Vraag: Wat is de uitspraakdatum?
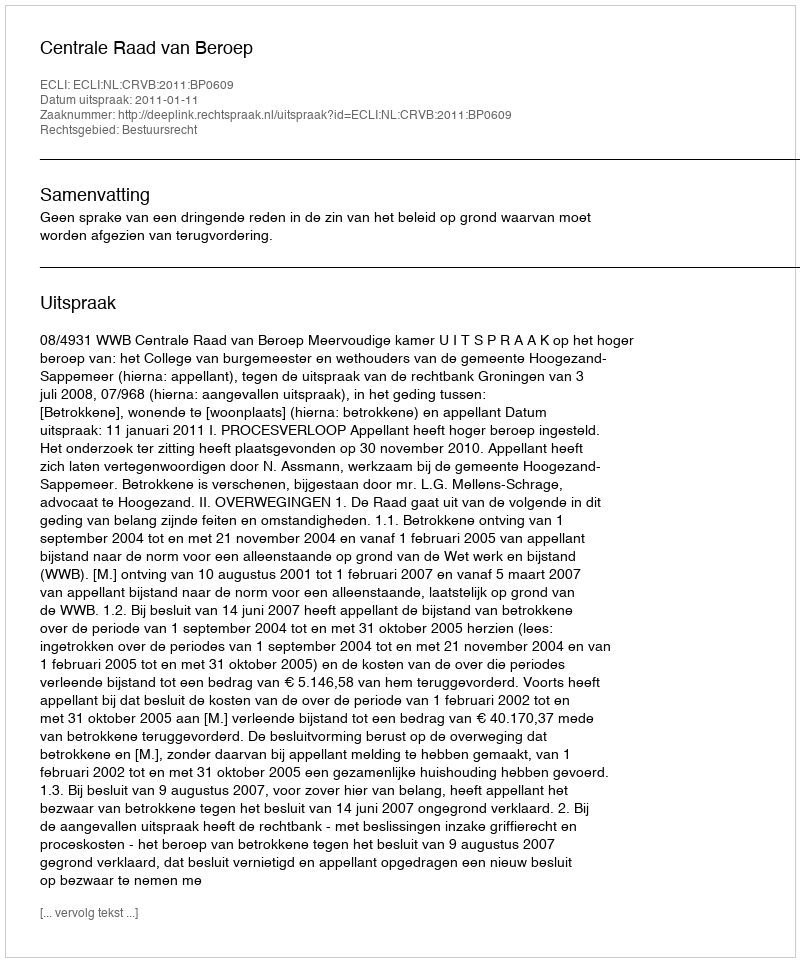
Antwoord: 2011-01-11